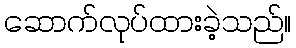
ဆောက်လုပ်ထားခဲ့သည်။